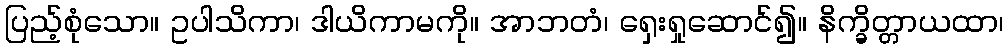
ပြည့်စုံသော။ ဥပါသိကာ၊ ဒါယိကာမကို။ အာဘတံ၊ ရှေးရှုဆောင်၍။ နိက္ခိတ္တာယထာ၊